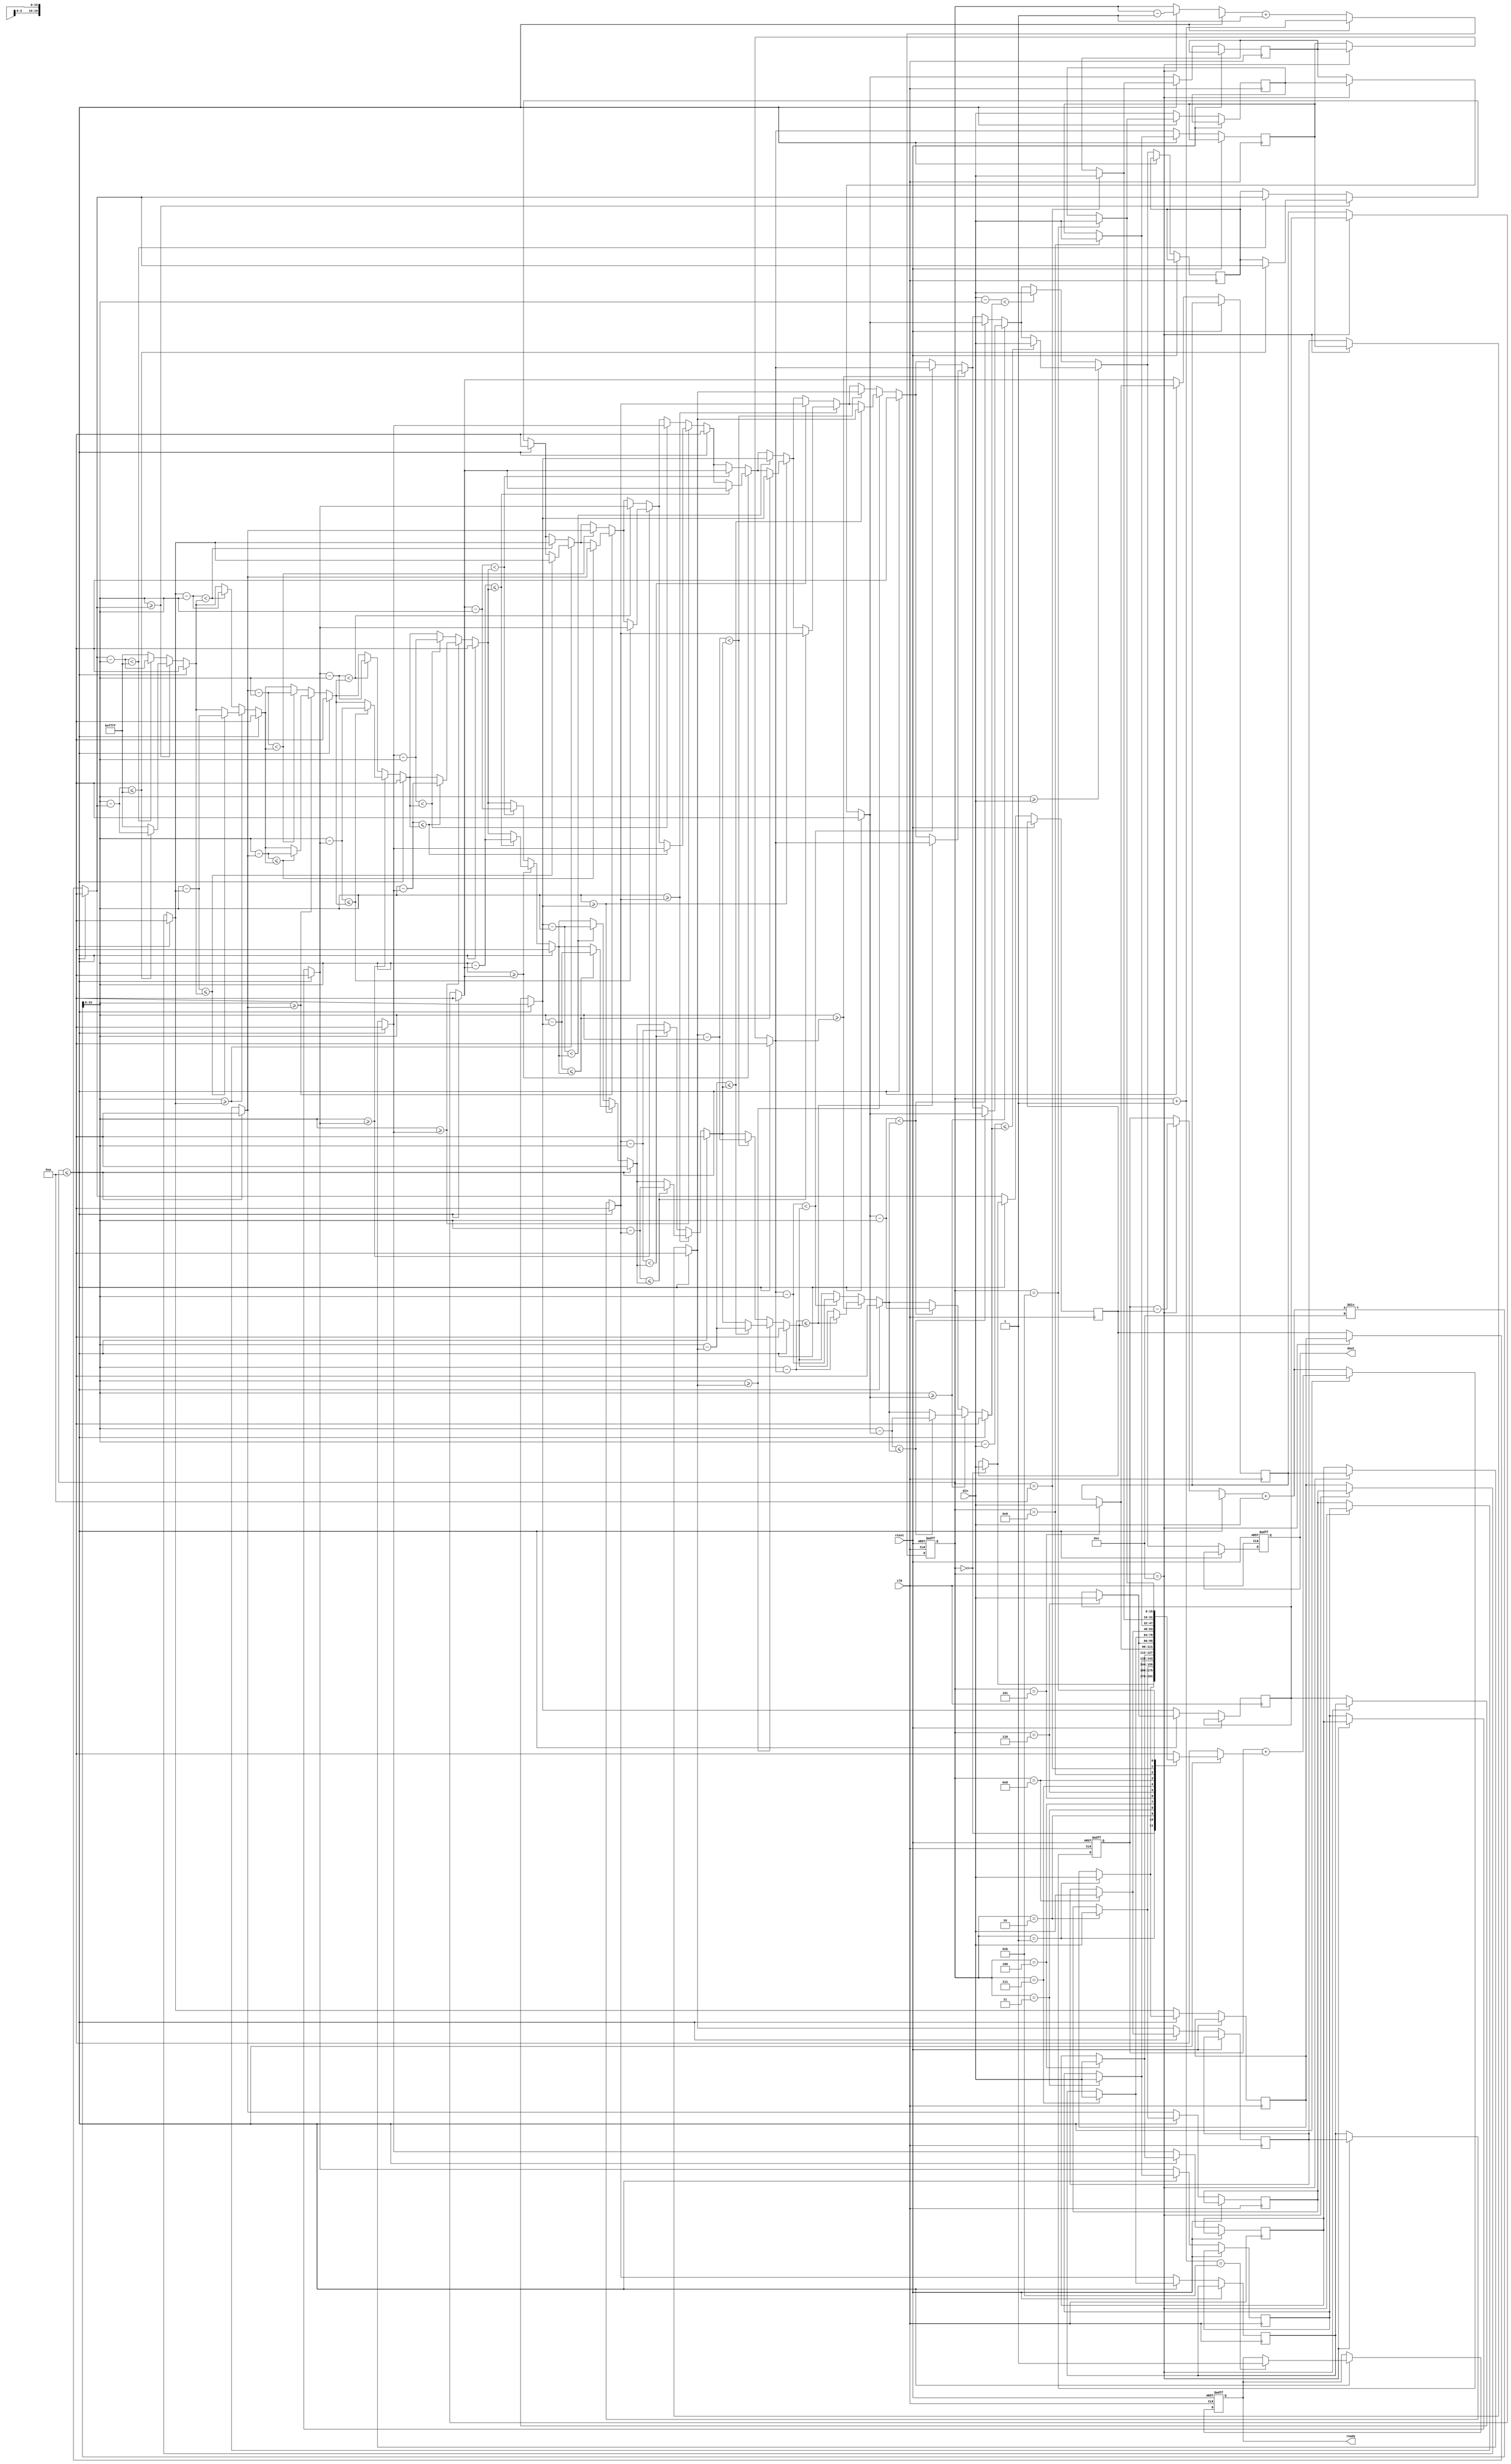
`timescale 1ns/10ps
module avg(clk,reset,din,ready,dout);
input clk,reset;
input [15:0] din;
output reg ready;
output reg [15:0] dout;

reg [15:0] queue [11:0];

reg [3:0] count;
reg [19:0] sum;
reg [15:0] average;

reg [15:0] min;
reg [15:0] ans;
integer i;

always @(posedge clk or posedge reset)
begin
    if(reset == 1'b1)
    begin
        ready =1'b0;
        dout=16'd0;
        count=4'd0;
        sum=20'd0;
    end
    else
    begin
        if (count <= 4'd10)
        begin
            queue[count]=din;
            sum=sum+queue[count];
            count=count+4'd1;
            if(count == 4'd11)
                #10 ready =1'b1;
        end
        else
        begin
            if(count == 4'd12)
            begin
                sum=sum-queue[0];
                for (i = 0;i<11 ;i=i+1)
                begin
                    queue[i]=queue[i+1];
                end
                count=count-4'd1;
            end
            queue[11]=din;
            sum=sum+queue[11];
            count=count+4'd1;
            average=sum/12;
            min=16'hffff;
            for(i=0;i<12;i=i+1)
            begin
                if(average >= queue[i])
                begin
                    if(average-queue[i]<=min)
                    begin
                        min=average-queue[i];
                        ans=queue[i];
                    end
                end
                else
                begin
                    if((queue[i]-average)<min)
                    begin
                        min=queue[i]-average;
                        ans=queue[i];
                    end
                end
            end
            #2 dout=ans;
        end
    end
end
endmodule